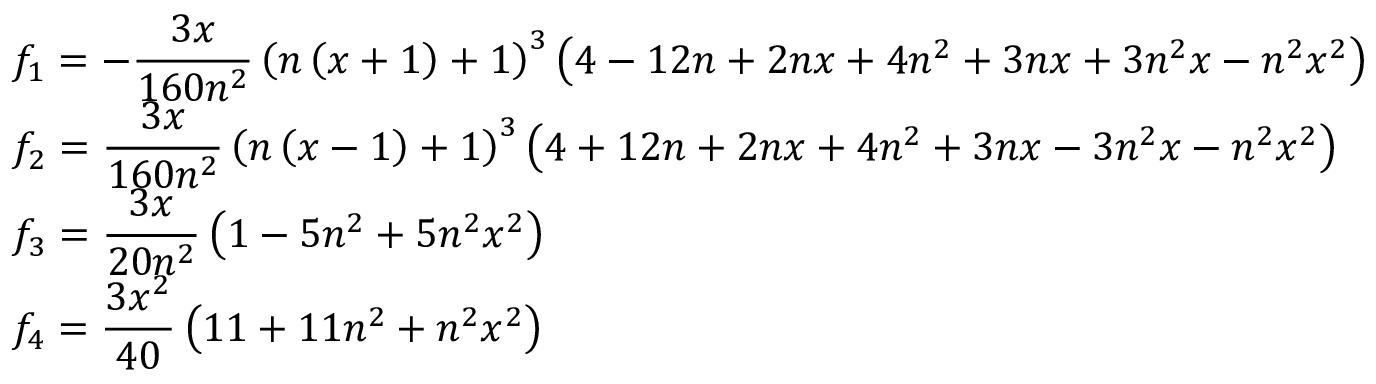
\begin{array} { l c l } { f _ { 1 } = \displaystyle - \frac { 3 x } { 1 6 0 n ^ { 2 } } \left( n \left( x + 1 \right) + 1 \right) ^ { 3 } \left( 4 - 1 2 n + 2 n x + 4 n ^ { 2 } + 3 n x + 3 n ^ { 2 } x - n ^ { 2 } x ^ { 2 } \right) } \\ { f _ { 2 } = \displaystyle \frac { 3 x } { 1 6 0 n ^ { 2 } } \left( n \left( x - 1 \right) + 1 \right) ^ { 3 } \left( 4 + 1 2 n + 2 n x + 4 n ^ { 2 } + 3 n x - 3 n ^ { 2 } x - n ^ { 2 } x ^ { 2 } \right) } \\ { f _ { 3 } = \displaystyle \frac { 3 x } { 2 0 n ^ { 2 } } \left( 1 - 5 n ^ { 2 } + 5 n ^ { 2 } x ^ { 2 } \right) } \\ { f _ { 4 } = \displaystyle \frac { 3 x ^ { 2 } } { 4 0 } \left( 1 1 + 1 1 n ^ { 2 } + n ^ { 2 } x ^ { 2 } \right) } \end{array}